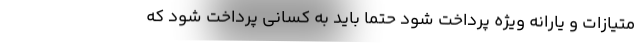
متیازات و یارانه ویژه پرداخت شود حتما باید به کسانی پرداخت شود که